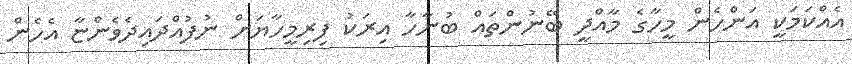
އެއްކަމަކީ އަންހެން މީހާގެ މާއްދީ ބޭނުންތައް ބުނާހާ އިރަކު ފިރިމީހާޔަށް ނުފުއްދައިދެވެންޏާ އެހެން